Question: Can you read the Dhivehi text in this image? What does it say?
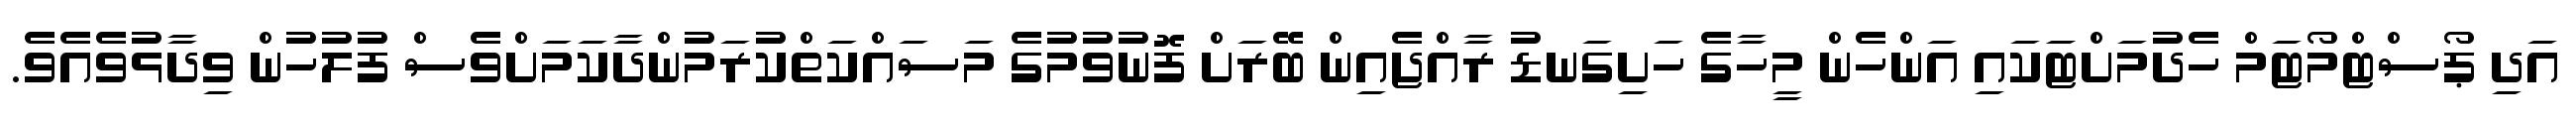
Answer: އަދި ޕޯސްޓްމޯޓަމް ހެދުމަށްޓަަކައި އަންހެން މީހާގެ ހަށިގަނޑު ރާއްޖެއިން ބޭރަށް ފޮނުވުމުގެ މަސައްކަތްކުރަމުންދާކަމަށްވެސް ފުލުހުން ވިދާޅުވެއެވެ.